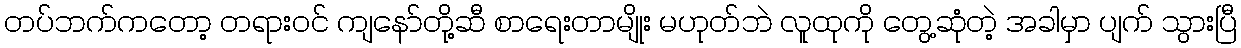
တပ်ဘက်ကတော့ တရားဝင် ကျနော်တို့ဆီ စာရေးတာမျိုး မဟုတ်ဘဲ လူထုကို တွေ့ဆုံတဲ့ အခါမှာ ပျက် သွားပြီ